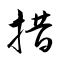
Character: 措